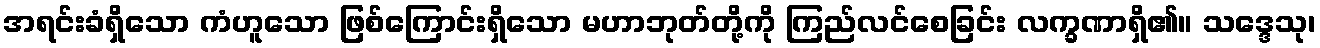
အရင်းခံရှိသော ကံဟူသော ဖြစ်ကြောင်းရှိသော မဟာဘုတ်တို့ကို ကြည်လင်စေခြင်း လက္ခဏာရှိ၏။ သဒ္ဒေသု၊